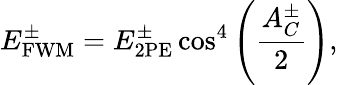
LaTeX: E_{\mathrm{FWM}}^{\pm}=E_{\mathrm{2PE}}^{\pm}\cos^{4}\left(\frac{A_{C}^{\pm}}{2}\right),